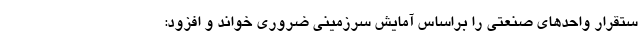
ستقرار واحدهای صنعتی را براساس آمایش سرزمینی ضروری خواند و افزود: